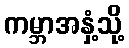
ကမ္ဘာအနှံ့သို့